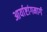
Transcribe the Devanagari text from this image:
आर्याष्टांगमार्ग